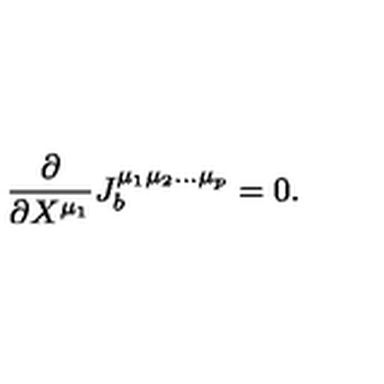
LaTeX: \frac { \partial } { \partial X ^ { \mu _ { 1 } } } J _ { b } ^ { \mu _ { 1 } \mu _ { 2 } \ldots \mu _ { p } } = 0 .